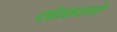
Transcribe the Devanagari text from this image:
खेळवणे